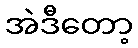
အဲဒီတော့